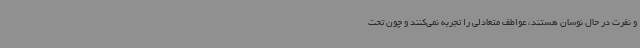
و نفرت در حال نوسان هستند، عواطف متعادلی را تجربه نمی‌کنند و چون تحت